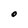
Character: O